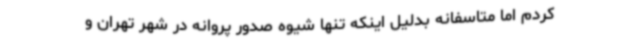
کردم اما متاسفانه بدلیل اینکه تنها شیوه صدور پروانه در شهر تهران و